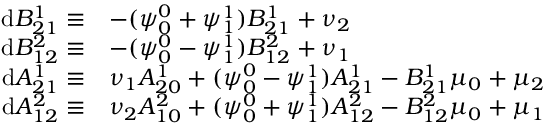
\begin{array} { r l } { \mathrm { d } B _ { 2 1 } ^ { 1 } \equiv } & { - ( \psi _ { 0 } ^ { 0 } + \psi _ { 1 } ^ { 1 } ) B _ { 2 1 } ^ { 1 } + \nu _ { 2 } } \\ { \mathrm { d } B _ { 1 2 } ^ { 2 } \equiv } & { - ( \psi _ { 0 } ^ { 0 } - \psi _ { 1 } ^ { 1 } ) B _ { 1 2 } ^ { 2 } + \nu _ { 1 } } \\ { \mathrm { d } A _ { 2 1 } ^ { 1 } \equiv } & { \nu _ { 1 } A _ { 2 0 } ^ { 1 } + ( \psi _ { 0 } ^ { 0 } - \psi _ { 1 } ^ { 1 } ) A _ { 2 1 } ^ { 1 } - B _ { 2 1 } ^ { 1 } \mu _ { 0 } + \mu _ { 2 } } \\ { \mathrm { d } A _ { 1 2 } ^ { 2 } \equiv } & { \nu _ { 2 } A _ { 1 0 } ^ { 2 } + ( \psi _ { 0 } ^ { 0 } + \psi _ { 1 } ^ { 1 } ) A _ { 1 2 } ^ { 2 } - B _ { 1 2 } ^ { 2 } \mu _ { 0 } + \mu _ { 1 } } \end{array}